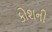
કોશની